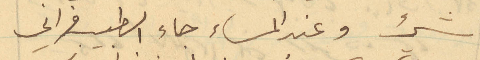
شيء وعند المساء جاء الطبيب فراني